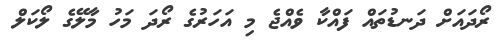
ރޯދައަށް ދަނޑުތައް ފައްކާ ވެއްޖެ މި އަހަރުގެ ރޯދަ މަހު މާލޭގެ ލޯކަލް